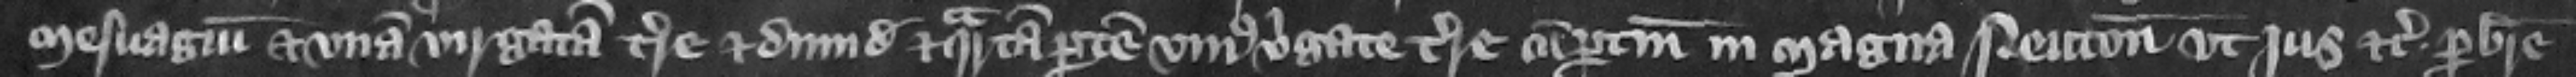
mesuagium et vnam virgatam terre et dimidiam et quartam partem vnius virgate terre sum pertinenciis in Magna Neuton vt jus etc. per breue